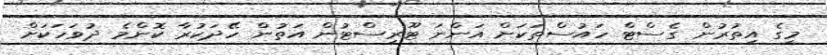
މީގެ އިތުރުން ގެސްޓް ހައުސްތަކަށް އަންނަ ޓޫރިސްޓުން އަތުން ހޭދަކުރާ ކޮންމެ ދުވަހަކަށް